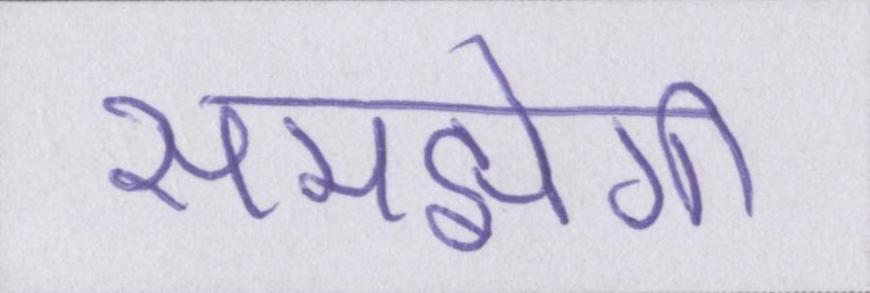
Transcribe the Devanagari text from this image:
समझेगी